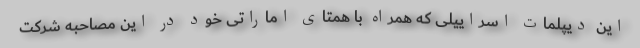
این دیپلمات اسراییلی که همراه با همتای اماراتی خود در این مصاحبه شرکت